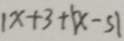
1 x + 3 + \vert x - 5 \vert